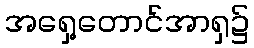
အရှေ့တောင်အာရှ၌